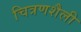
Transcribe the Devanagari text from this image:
चित्रणशैली